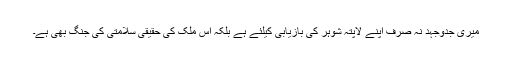
میری جدوجہد نہ صرف اپنے لاپتہ شوہر کی بازیابی کیلئے ہے بلکہ اس ملک کی حقیقی سلامتی کی جنگ بھی ہے۔